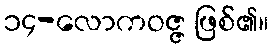
၁၄-လောကဝဇ္ဇ ဖြစ်၏။